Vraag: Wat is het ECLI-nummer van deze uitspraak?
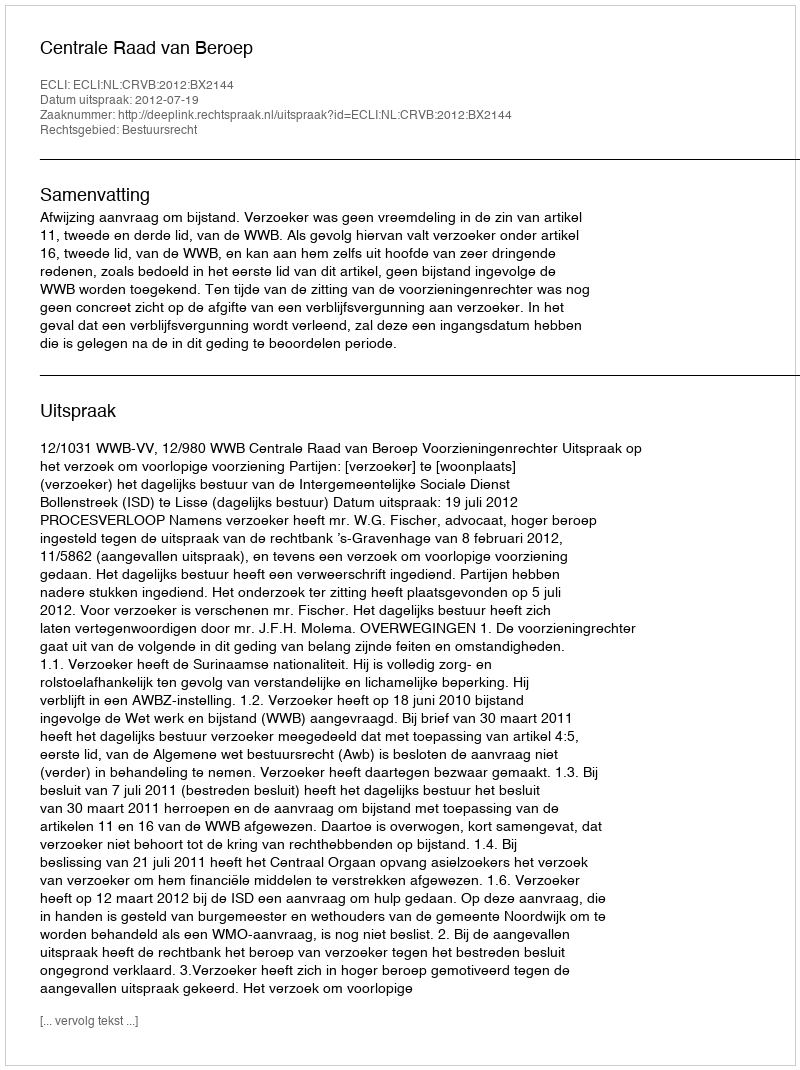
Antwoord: ECLI:NL:CRVB:2012:BX2144